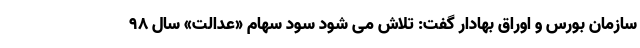
سازمان بورس و اوراق بهادار گفت: تلاش می شود سود سهام «عدالت» سال ۹۸